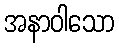
အနာဝါသော